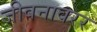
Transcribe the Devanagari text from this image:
जीवनावरर